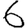
Digit: 6